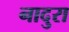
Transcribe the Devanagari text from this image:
नादुरा